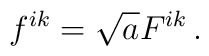
f^{ik} = \sqrt{a} F^{ik}\, .